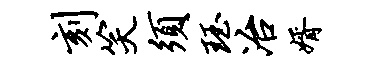
刻笑须珏冶婿